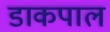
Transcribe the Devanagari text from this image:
डाकपाल